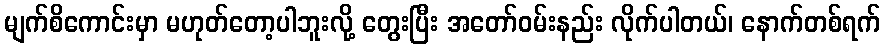
မျက်စိကောင်းမှာ မဟုတ်တော့ပါဘူးလို့ တွေးပြီး အတော်ဝမ်းနည်း လိုက်ပါတယ်၊ နောက်တစ်ရက်